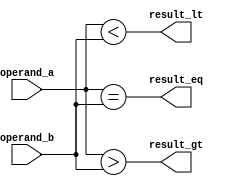
module magnitude_comparator (
    input [3:0] operand_a,
    input [3:0] operand_b,
    output wire result_gt,
    output wire result_lt,
    output wire result_eq
);

assign result_gt = (operand_a > operand_b);
assign result_lt = (operand_a < operand_b);
assign result_eq = (operand_a == operand_b);

endmodule